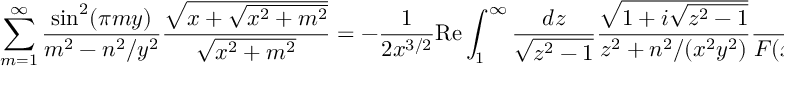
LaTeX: \sum _ { m = 1 } ^ { \infty } \frac { \sin ^ { 2 } ( \pi m y ) } { m ^ { 2 } - n ^ { 2 } / y ^ { 2 } } \frac { \sqrt { x + \sqrt { x ^ { 2 } + m ^ { 2 } } } } { \sqrt { x ^ { 2 } + m ^ { 2 } } } = - \frac { 1 } { 2 x ^ { 3 / 2 } } \mathrm { R e } \int _ { 1 } ^ { \infty } \frac { d z } { \sqrt { z ^ { 2 } - 1 } } \frac { \sqrt { 1 + i \sqrt { z ^ { 2 } - 1 } } } { z ^ { 2 } + n ^ { 2 } / ( x ^ { 2 } y ^ { 2 } ) } \frac { 1 } { F ( x , y , z ) }